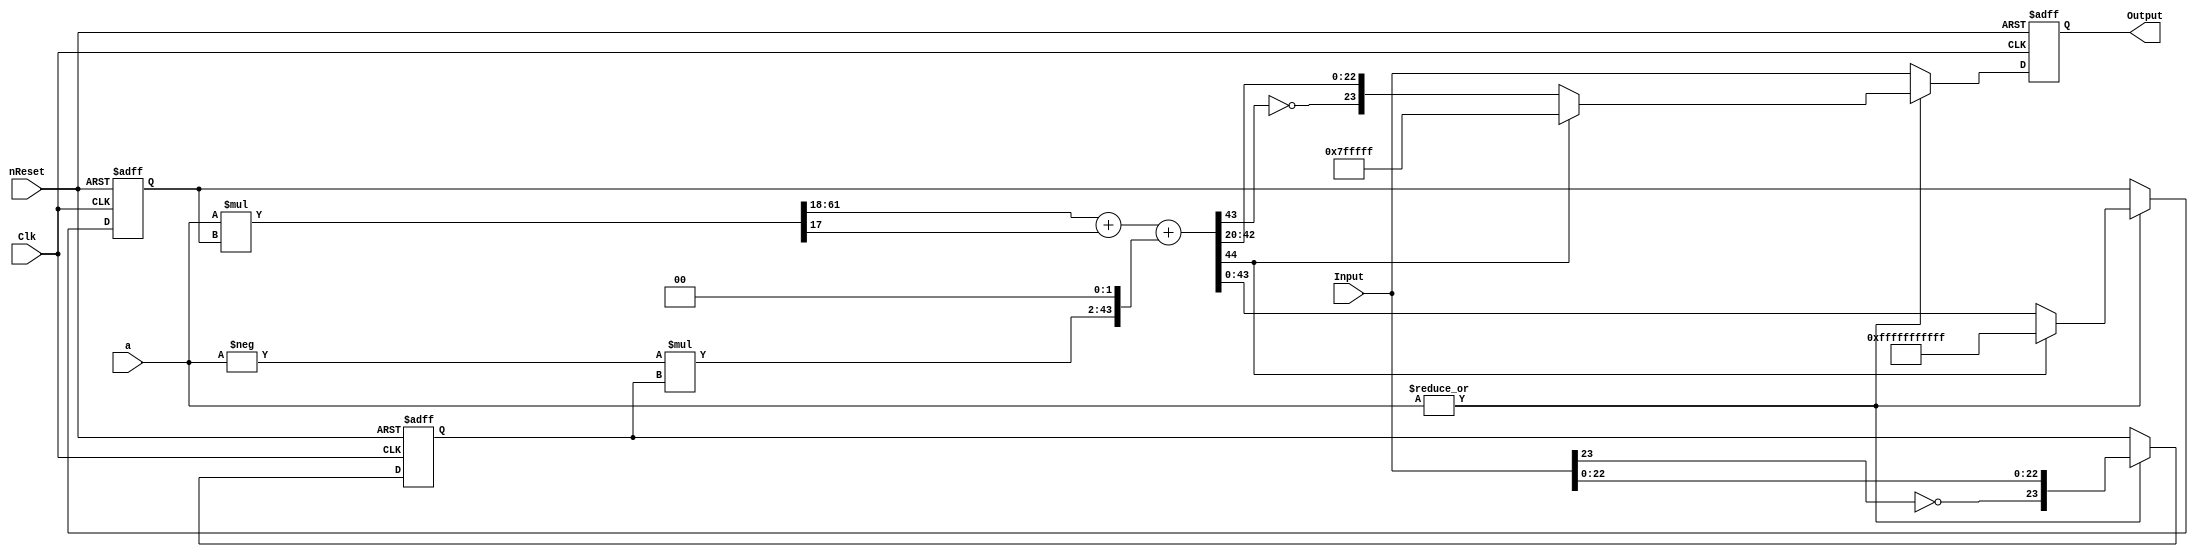
//==============================================================================
// Copyright (C) John-Philip Taylor
// jpt13653903@gmail.com
//
// This file is part of a library
//
// This file is free software: you can redistribute it and/or modify
// it under the terms of the GNU General Public License as published by
// the Free Software Foundation, either version 3 of the License, or
// (at your option) any later version.
// 
// This program is distributed in the hope that it will be useful,
// but WITHOUT ANY WARRANTY; without even the implied warranty of
// MERCHANTABILITY or FITNESS FOR A PARTICULAR PURPOSE.  See the
// GNU General Public License for more details.
// 
// You should have received a copy of the GNU General Public License
// along with this program.  If not, see <http://www.gnu.org/licenses/>
//==============================================================================

module S_Filter(
  input  nReset,
  input  Clk, // 45 MHz

  input      [23:0]Input,
  output reg [23:0]Output,

  input  [17:0]a); //         2^18 - a
                   // H(z) = --------------
                   //         2^18 - a*z^-1

  reg  [23:0]xn;
  reg  [43:0]yn_1;
  wire [44:0]yn;

  wire [17:0]b;

  wire [41:0]bx;
  wire [61:0]ay;

  assign b = -a;

  always @(negedge nReset, posedge Clk) begin
    if(!nReset) begin
      xn   <= 0;
      yn_1 <= 0;

      Output <= 0;
   
    end else begin
      if(~|a) begin
        Output <= Input;
      end else begin
        xn <= {(~Input[23]), Input[22:0]};

        if(!yn[44]) begin
          yn_1   <= yn[43:0];
          Output <= {~yn[43], yn[42:20]};
        end else begin
          yn_1   <= {44{1'b1}};
          Output <= 24'h7FFFFF;
        end
      end
    end
  end

  assign bx = b * xn;
  assign ay = a * yn_1;

  assign yn = {1'b0, ay[61:18]} + ay[17] + {1'b0, bx, 2'b00};
endmodule